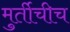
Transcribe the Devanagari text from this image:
मुर्तीचीच